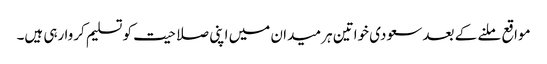
مواقع ملنے کے بعد سعودی خواتین ہر میدان میں اپنی صلاحیت کو تسلیم کروا رہی ہیں۔